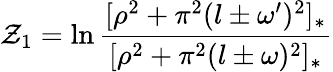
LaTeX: {\cal Z}_{1}=\ln\frac{[\rho^{2}+\pi^{2}(l\pm\omega^{\prime})^{2}]_{*}}{[\rho^{2}+\pi^{2}(l\pm\omega)^{2}]_{*}}